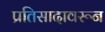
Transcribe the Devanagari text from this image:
प्रतिसादावरून